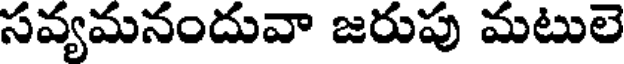
సవ్యమనందువా జరుపు మటులె